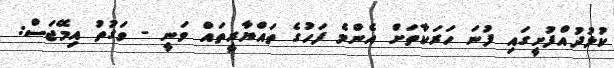
ކުޅުދުއްފުށީގައި ފުނަ ހަރަކާތަށް އެންމެ ފަހުގެ ތައްޔާރީތައް ވަނީ - ވަގުތު އިމޭޖަސް: